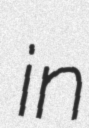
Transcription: in